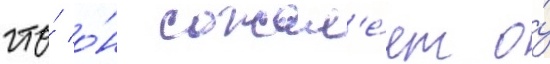
что́ о́н сожал'е́ет о́